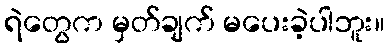
ရဲတွေက မှတ်ချက် မပေးခဲ့ပါဘူး။